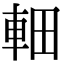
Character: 䡒